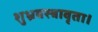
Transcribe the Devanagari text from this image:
शुभ्रवस्त्रावृता।